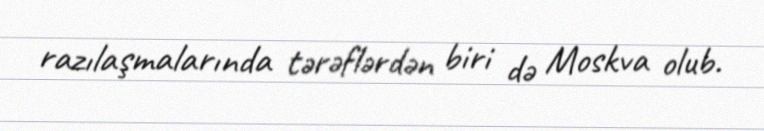
razılaşmalarında tərəflərdən biri də Moskva olub.